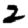
Digit: 2